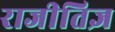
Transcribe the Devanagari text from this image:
राजीतिज्ञ